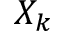
X _ { k }